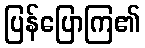
ပြန်ပြောကြ၏